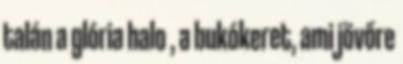
talán a glória halo , a bukókeret, ami jövőre